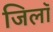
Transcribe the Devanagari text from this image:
जिलॉ